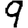
Digit: 9